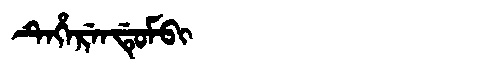
Manchu: ᡨᡝᡥᡝᡵᡝᠨᡩᡠᠮᠪᡳ
Romanization: TEHERENDUMBI